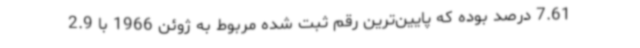
7.61 درصد بوده که پایین‌ترین رقم ثبت شده مربوط به ژوئن 1966 با 2.9